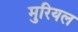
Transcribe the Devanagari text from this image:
मुरियल